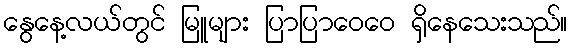
နွေနေ့လယ်တွင် မြူများ ပြာပြာဝေဝေ ရှိနေသေးသည်။